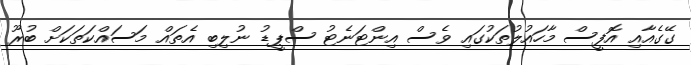
ގޭގެއާއި އޮފީސް މާހައުލުތަކުގައި ވެސް އިންޓަނެޓު ސްޕީޑު ނުލިބި އެތައް މަސައްކަތަކަށް ބުރޫ